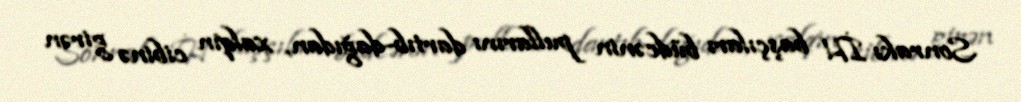
Sonrakı İH başçıları büdcənin pullarını dartıb-dağıdan, xalqın cibinə girən